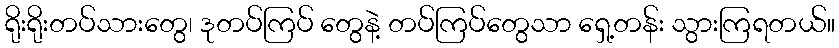
ရိုးရိုးတပ်သားတွေ၊ ဒုတပ်ကြပ် တွေနဲ့ တပ်ကြပ်တွေသာ ရှေ့တန်း သွားကြရတယ်။